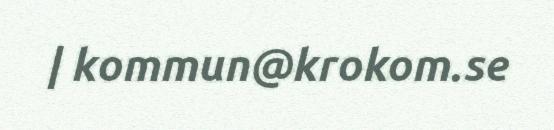
| kommun@krokom.se